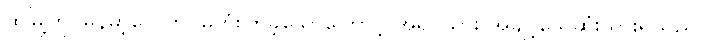
ထိုမြို့ကို မြန်မာ့လေတပ်မှ ဗုံးကြဲခဲ့သောကြောင့် အရပ်သား အချို့ သေဆုံးသွားရသည်။